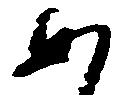
あ